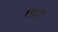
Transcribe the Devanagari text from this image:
१९८६।